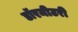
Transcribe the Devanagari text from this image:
डॉरमीटरी